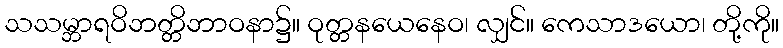
သသမ္ဘာရဝိဘတ္တိဘာဝနာ၌။ ဝုတ္တနယေနေဝ၊ လျှင်။ ကေသာဒယော၊ တို့ကို။